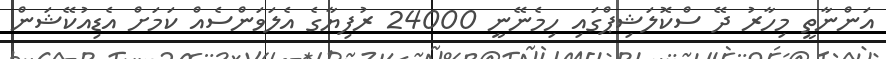
އަންނާތީ މިހާރު ދޭ ސްކޮލަޝިޕްގައި ހިމެނޭނީ 24000 ރުފިޔާގެ އެލަވަންސެއް ކަމަށް އެޑިއުކޭޝަން